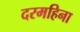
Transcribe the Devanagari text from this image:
दरमहिना